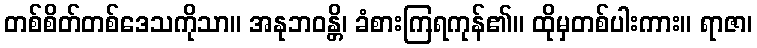
တစ်စိတ်တစ်ဒေသကိုသာ။ အနုဘဝန္တိ၊ ခံစားကြရကုန်၏။ ထိုမှတစ်ပါးကား။ ရာဇာ၊